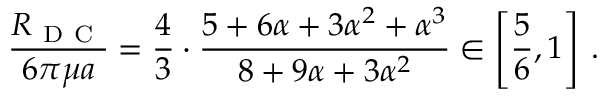
\frac { R _ { \mathrm { ~ D ~ C ~ } } } { 6 \pi \mu a } = \frac { 4 } { 3 } \cdot \frac { 5 + 6 \alpha + 3 \alpha ^ { 2 } + \alpha ^ { 3 } } { 8 + 9 \alpha + 3 \alpha ^ { 2 } } \in \left[ \frac { 5 } { 6 } , 1 \right] \, .